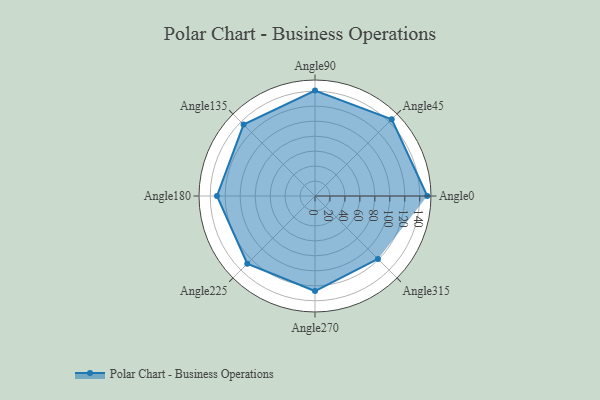
{"axis": {"x": "Angle", "y": "Radius"}, "legend": [""], "data": [{"x": "Angle0", "y": 150.0, "type": ""}, {"x": "Angle45", "y": 145.0, "type": ""}, {"x": "Angle90", "y": 141.0, "type": ""}, {"x": "Angle135", "y": 135.0, "type": ""}, {"x": "Angle180", "y": 131.0, "type": ""}, {"x": "Angle225", "y": 128.0, "type": ""}, {"x": "Angle270", "y": 127.0, "type": ""}, {"x": "Angle315", "y": 119.0, "type": ""}]}